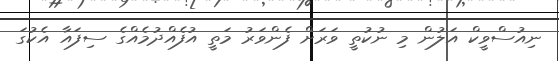
ނިއުސްވީކް އަލުން މި ނުކުތީ ވަރަށް ފެންވަރު މަތީ އުފެއްދުމެއްގެ ސިފައާ އެކުގަ